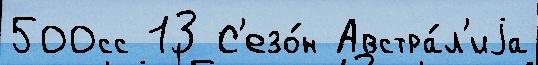
500сс 13 С'езо́н Австра́л'иjа